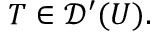
T \in { \mathcal { D } } ^ { \prime } ( U ) .